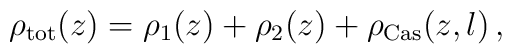
\rho _{\rm tot} (z)=\rho _1 (z)+\rho _2(z) +\rho _{\rm Cas}(z,l)\, ,